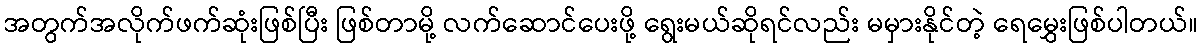
အတွက်အလိုက်ဖက်ဆုံးဖြစ်ပြီး ဖြစ်တာမို့ လက်ဆောင်ပေးဖို့ ရွေးမယ်ဆိုရင်လည်း မမှားနိုင်တဲ့ ရေမွှေးဖြစ်ပါတယ်။